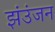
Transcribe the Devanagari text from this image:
झंउंजन